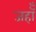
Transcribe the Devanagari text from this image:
जहॉँ